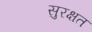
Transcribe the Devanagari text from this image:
सुरक्षत